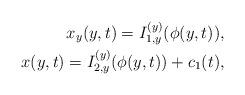
LaTeX: \begin{align*}{x_y}(y,t) = I_{1,y}^{(y)}(\phi (y,t)),\\x(y,t) = I_{2,y}^{(y)}(\phi (y,t)) + {c_1}(t),\end{align*}